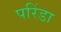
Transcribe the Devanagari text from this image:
परिंडा